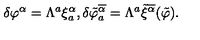
\delta \varphi ^ { \alpha } = \Lambda ^ { a } \xi _ { a } ^ { \alpha } , \delta \tilde { \varphi } _ { a } ^ { \overline { { \alpha } } } = \Lambda ^ { a } \tilde { \xi } ^ { \overline { { \alpha } } } ( \tilde { \varphi } ) .